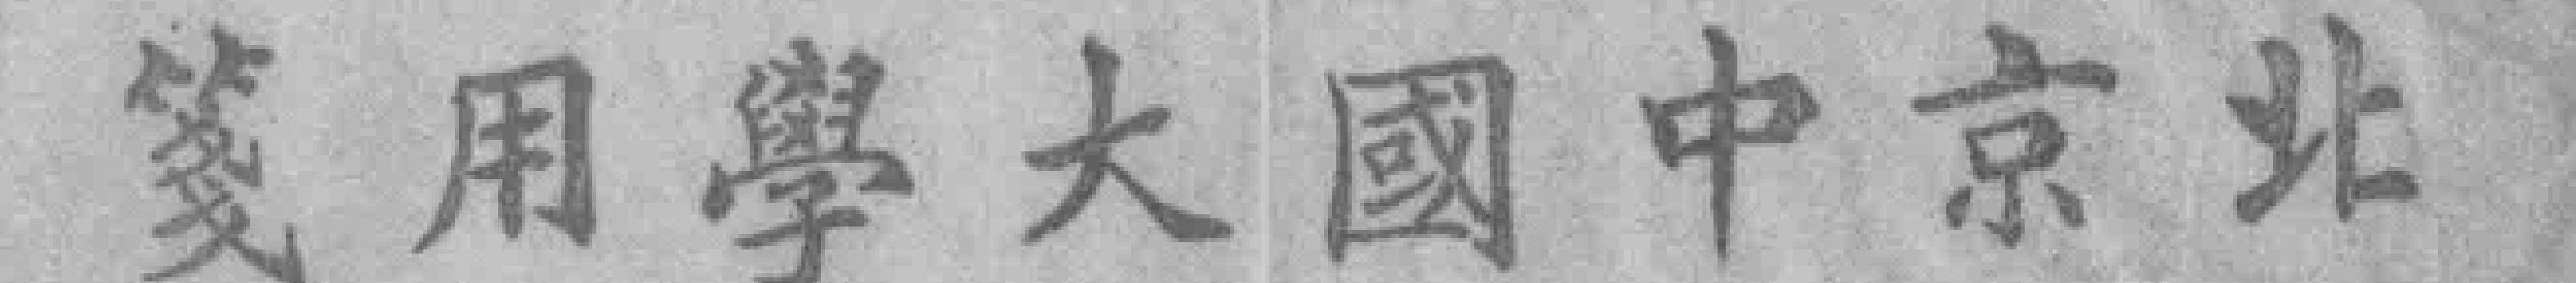
笺用學大國中京北